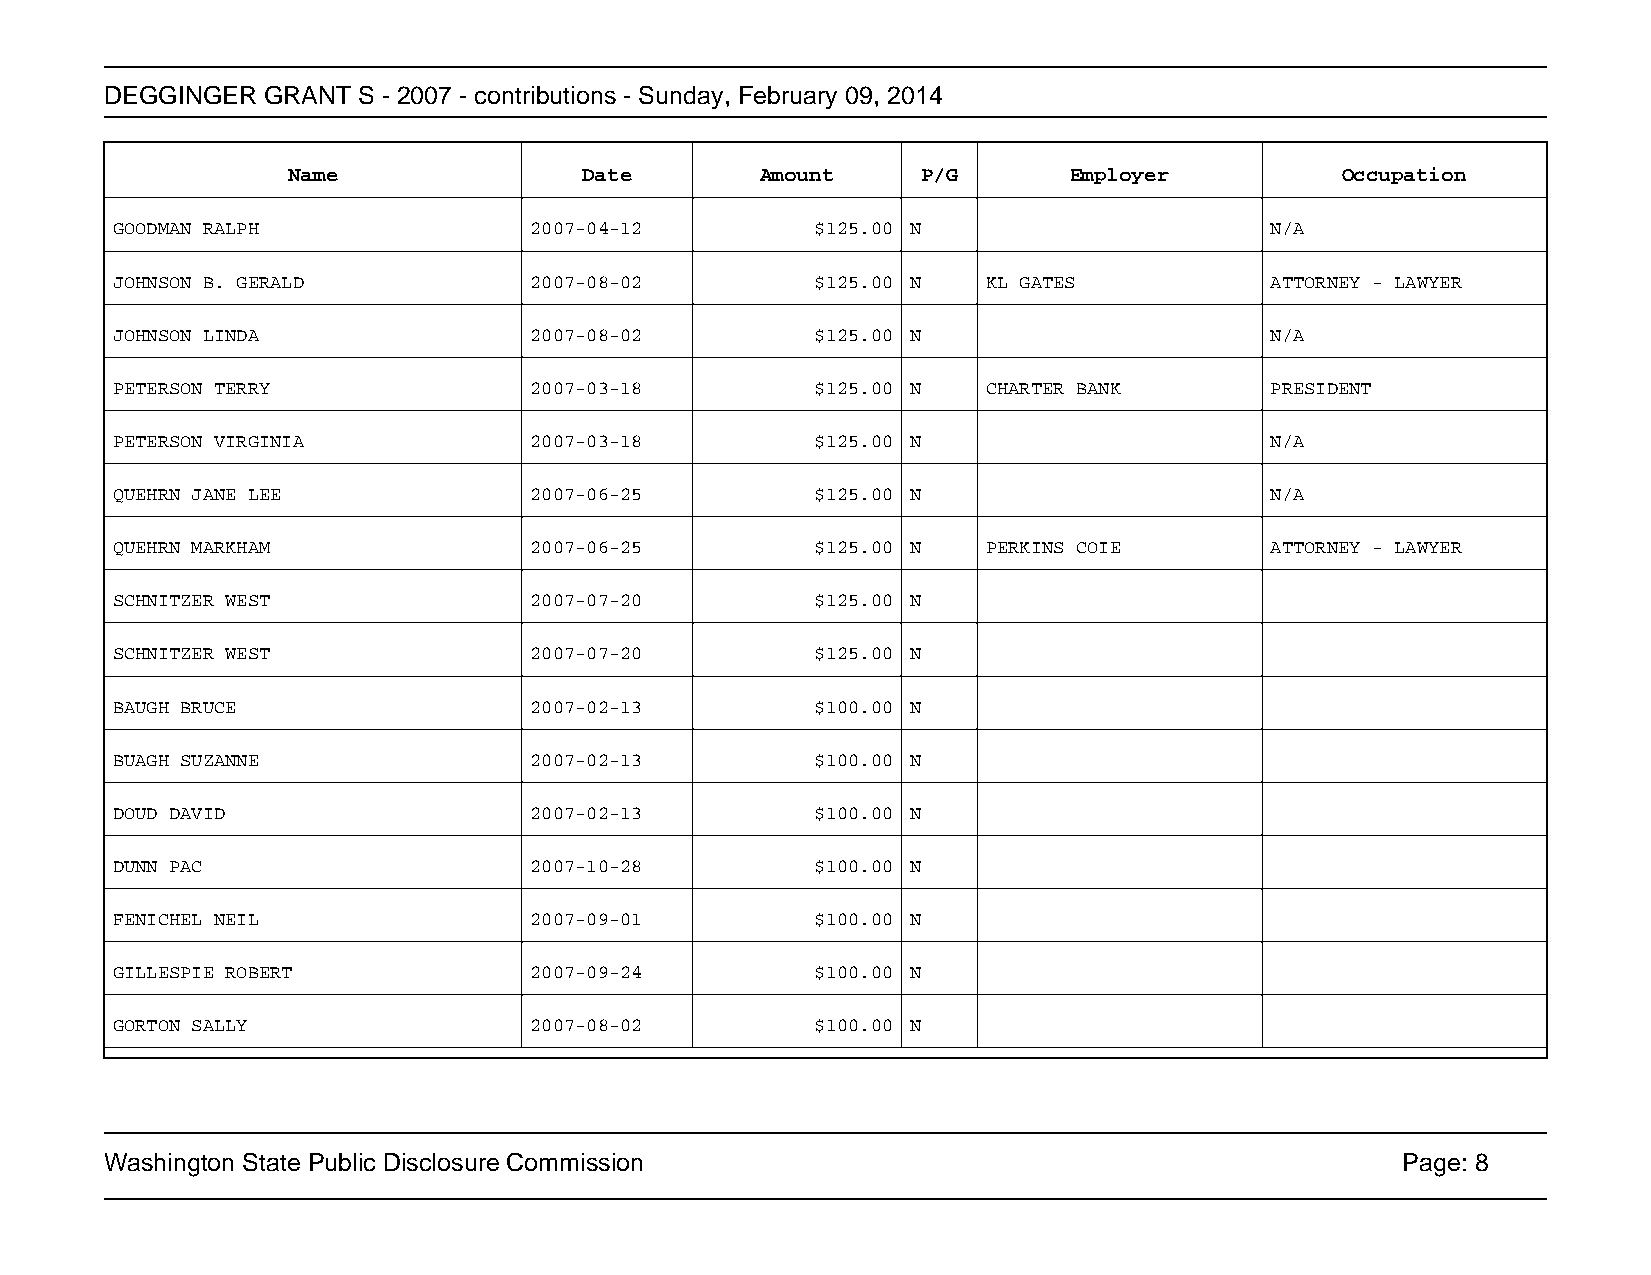
DEGGINGER GRANT  S - 2007 - contributions - Sunday, February 09, 2014
 Name                Date       Amount     P/G       Employer          Occupation
 GOODMAN RALPH               2007-04-12         $125.00 N                     N/A
 JOHNSON B. GERALD           2007-08-02         $125.00 N  KL GATES           ATTORNEY - LAWYER
 JOHNSON LINDA               2007-08-02         $125.00 N                     N/A
 PETERSON TERRY              2007-03-18         $125.00 N  CHARTER BANK       PRESIDENT
 PETERSON VIRGINIA           2007-03-18         $125.00 N                     N/A
 QUEHRN JANE LEE             2007-06-25         $125.00 N                     N/A
 QUEHRN MARKHAM              2007-06-25         $125.00 N  PERKINS COIE       ATTORNEY - LAWYER
 SCHNITZER WEST              2007-07-20         $125.00 N
 SCHNITZER WEST              2007-07-20         $125.00 N
 BAUGH BRUCE                 2007-02-13         $100.00 N
 BUAGH SUZANNE               2007-02-13         $100.00 N
 DOUD DAVID                  2007-02-13         $100.00 N
 DUNN PAC                    2007-10-28         $100.00 N
 FENICHEL NEIL               2007-09-01         $100.00 N
 GILLESPIE ROBERT            2007-09-24         $100.00 N
 GORTON SALLY                2007-08-02         $100.00 N
 Washington State Public Disclosure Commission                                         Page: 8